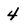
Character: 4